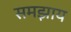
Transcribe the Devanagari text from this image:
समझाय